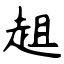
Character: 趄